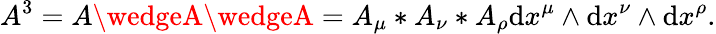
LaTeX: A^{3}=A\wedgeA\wedgeA=A_{\mu}*A_{\nu}*A_{\rho}\mathrm{d}x^{\mu}\wedge\mathrm{d}x^{\nu}\wedge\mathrm{d}x^{\rho}.